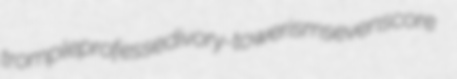
tromple professed ivory-towerism sevenscore